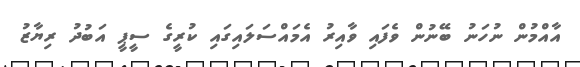
އާއްމުން ނުހަނު ބޭނުން ވެފައި ވާއިރު އެމައްސަލައިގައި ކުރީގެ ސީޕީ އަބުދު ރިޔާޒު